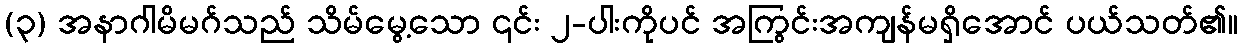
(၃) အနာဂါမိမဂ်သည် သိမ်မွေ့သော ၎င်း ၂-ပါးကိုပင် အကြွင်းအကျန်မရှိအောင် ပယ်သတ်၏။